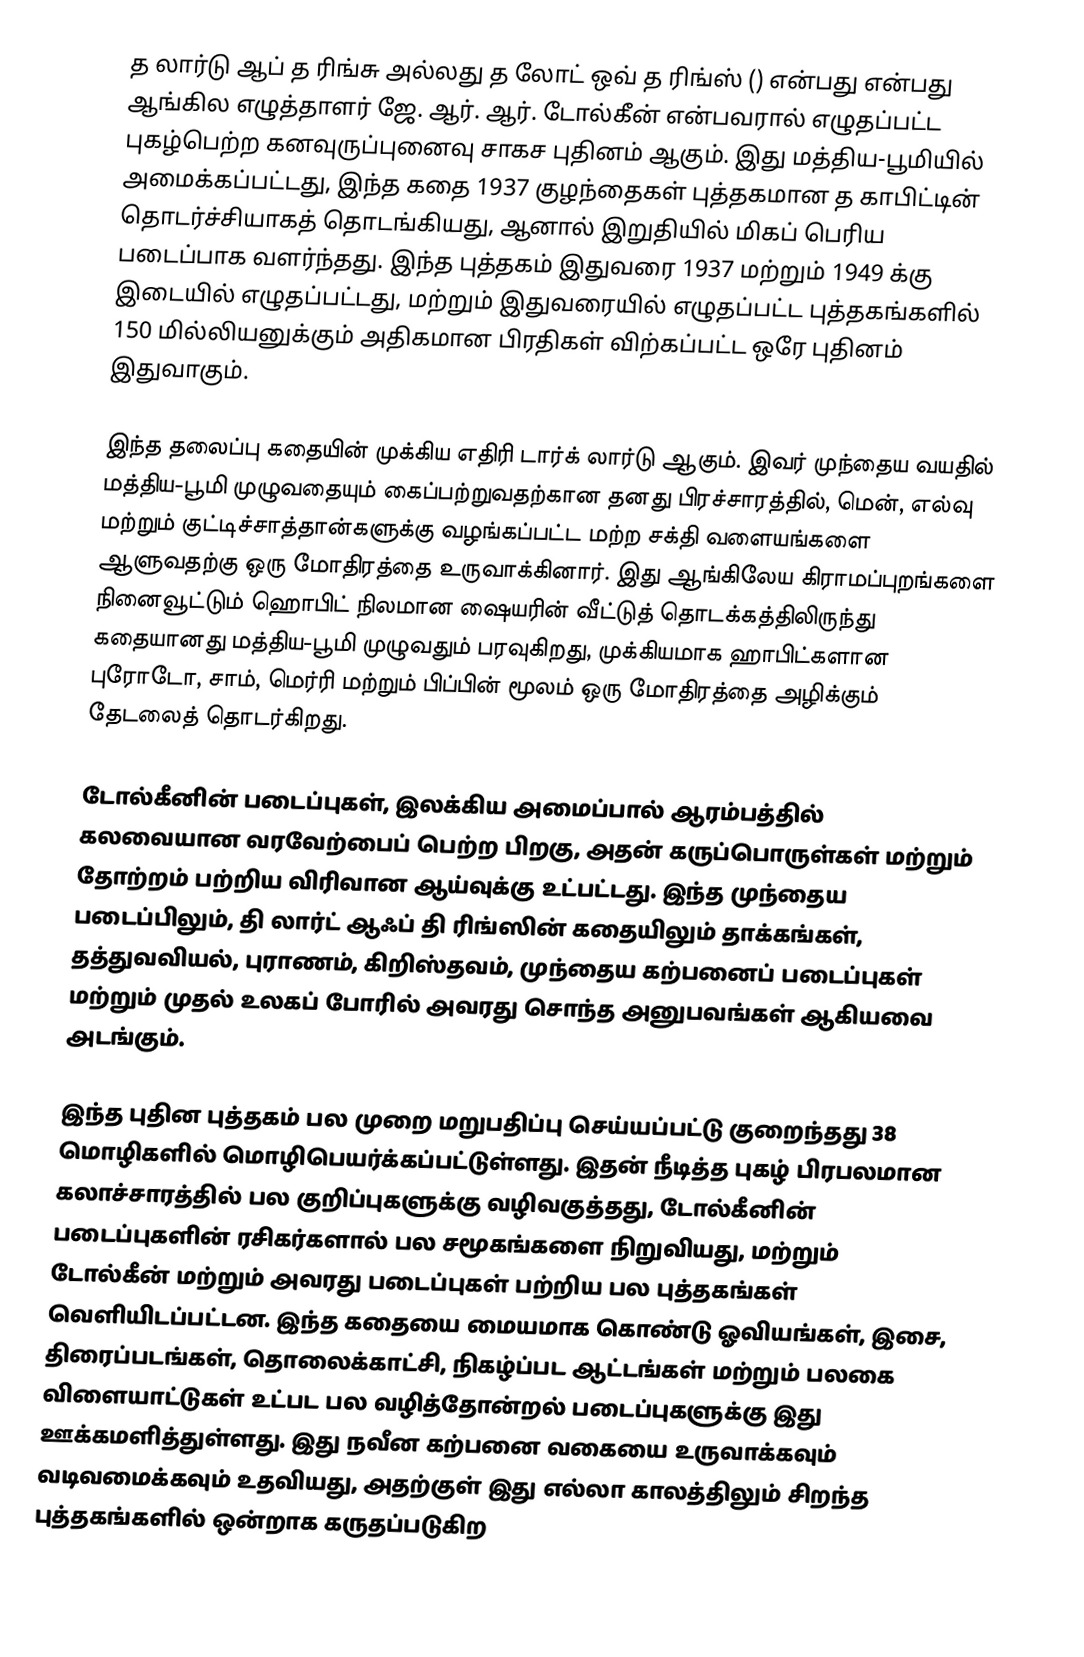
த லார்டு ஆப் த ரிங்சு அல்லது த லோட் ஒவ் த ரிங்ஸ் () என்பது என்பது ஆங்கில எழுத்தாளர் ஜே. ஆர். ஆர். டோல்கீன் என்பவரால் எழுதப்பட்ட புகழ்பெற்ற கனவுருப்புனைவு சாகச புதினம் ஆகும். இது மத்திய-பூமியில் அமைக்கப்பட்டது, இந்த கதை 1937 குழந்தைகள் புத்தகமான த காபிட்டின் தொடர்ச்சியாகத் தொடங்கியது, ஆனால் இறுதியில் மிகப் பெரிய படைப்பாக வளர்ந்தது. இந்த புத்தகம்  இதுவரை 1937 மற்றும் 1949 க்கு இடையில் எழுதப்பட்டது, மற்றும் இதுவரையில் எழுதப்பட்ட புத்தகங்களில் 150 மில்லியனுக்கும் அதிகமான பிரதிகள் விற்கப்பட்ட ஒரே புதினம் இதுவாகும்.

இந்த தலைப்பு கதையின் முக்கிய எதிரி டார்க் லார்டு ஆகும். இவர் முந்தைய வயதில் மத்திய-பூமி முழுவதையும் கைப்பற்றுவதற்கான தனது பிரச்சாரத்தில், மென், எல்வு மற்றும் குட்டிச்சாத்தான்களுக்கு வழங்கப்பட்ட மற்ற சக்தி வளையங்களை ஆளுவதற்கு ஒரு மோதிரத்தை உருவாக்கினார். இது ஆங்கிலேய கிராமப்புறங்களை நினைவூட்டும் ஹொபிட்  நிலமான ஷையரின் வீட்டுத் தொடக்கத்திலிருந்து கதையானது மத்திய-பூமி முழுவதும் பரவுகிறது, முக்கியமாக ஹாபிட்களான புரோடோ, சாம், மெர்ரி மற்றும் பிப்பின் மூலம் ஒரு மோதிரத்தை அழிக்கும் தேடலைத் தொடர்கிறது.

டோல்கீனின் படைப்புகள், இலக்கிய அமைப்பால் ஆரம்பத்தில் கலவையான வரவேற்பைப் பெற்ற பிறகு, அதன் கருப்பொருள்கள் மற்றும் தோற்றம் பற்றிய விரிவான ஆய்வுக்கு உட்பட்டது. இந்த முந்தைய படைப்பிலும், தி லார்ட் ஆஃப் தி ரிங்ஸின் கதையிலும் தாக்கங்கள், தத்துவவியல், புராணம், கிறிஸ்தவம், முந்தைய கற்பனைப் படைப்புகள் மற்றும் முதல் உலகப் போரில் அவரது சொந்த அனுபவங்கள் ஆகியவை அடங்கும்.

இந்த புதின புத்தகம் பல முறை மறுபதிப்பு செய்யப்பட்டு குறைந்தது 38 மொழிகளில் மொழிபெயர்க்கப்பட்டுள்ளது. இதன் நீடித்த புகழ் பிரபலமான கலாச்சாரத்தில் பல குறிப்புகளுக்கு வழிவகுத்தது, டோல்கீனின் படைப்புகளின் ரசிகர்களால் பல சமூகங்களை நிறுவியது, மற்றும் டோல்கீன் மற்றும் அவரது படைப்புகள் பற்றிய பல புத்தகங்கள் வெளியிடப்பட்டன. இந்த கதையை மையமாக கொண்டு ஓவியங்கள், இசை, திரைப்படங்கள், தொலைக்காட்சி, நிகழ்ப்பட ஆட்டங்கள் மற்றும் பலகை விளையாட்டுகள் உட்பட பல வழித்தோன்றல் படைப்புகளுக்கு இது ஊக்கமளித்துள்ளது. இது நவீன கற்பனை வகையை உருவாக்கவும் வடிவமைக்கவும் உதவியது, அதற்குள் இது எல்லா காலத்திலும் சிறந்த புத்தகங்களில் ஒன்றாக கருதப்படுகிற